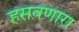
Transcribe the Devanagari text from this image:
हसवणारा